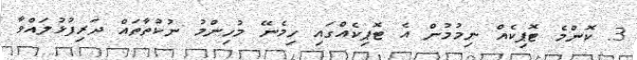
3. ކޮންމެ ޓޮޕިކެއް ނިމުމުން އެ ޓޮޕިކެއްގައި ހިމެނޭ މުހިންމު ނުކުތާތައް ދަރިފުޅުލައްވާ